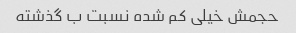
حجمش خیلی کم شده نسبت ب گذشته